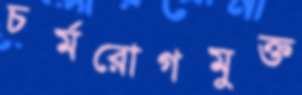
চর্মরোগমুক্ত